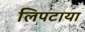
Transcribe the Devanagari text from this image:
लिपटाया